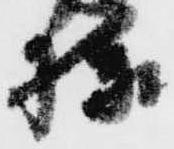
様